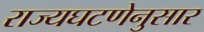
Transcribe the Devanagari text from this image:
राज्यघटणेनुसार